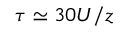
\tau \simeq 3 0 U / z